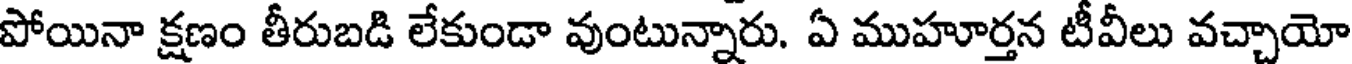
పోయినా క్షణం తీరుబడి లేకుండా వుంటున్నారు. ఏ ముహూర్తన టీవీలు వచ్చాయో